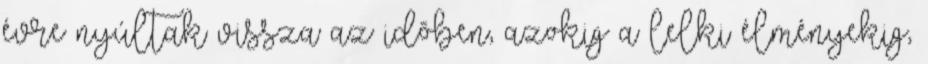
évre nyúltak vissza az idõben, azokig a lelki élményekig,